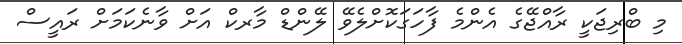
މި ބްރިޖަކީ ރާއްޖޭގެ އެންމެ ފާހަގަކޮށްލެވޭ ލޭންޑް މާރކް އަށް ވާނެކަމަށް ރައީސް